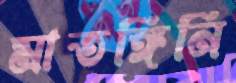
মাতঙ্গিনি